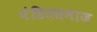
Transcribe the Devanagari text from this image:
पंडितसमाज